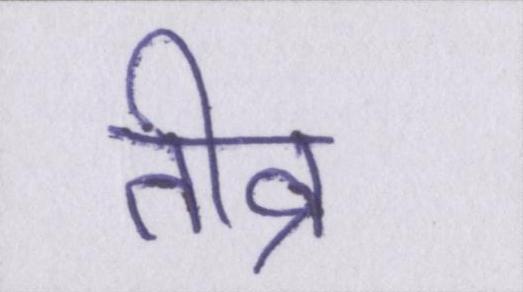
तीव्र